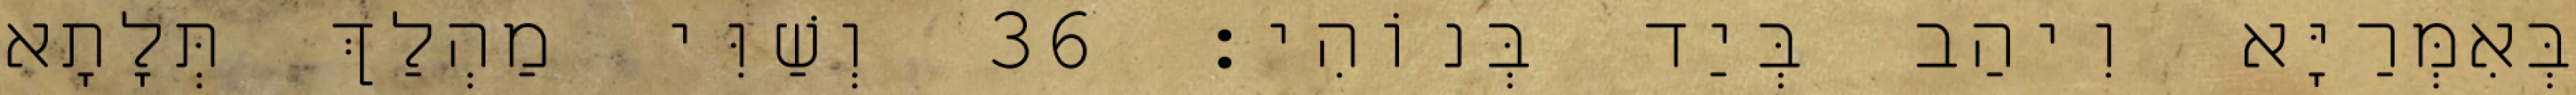
בְּאִמְּרַיָּא וִיהַב בְּיַד בְּנוֹהִי׃ 36 וְשַׁוִּי מַהְלַךְ תְּלָתָא